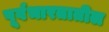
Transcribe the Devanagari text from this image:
पूर्वभारतातील